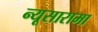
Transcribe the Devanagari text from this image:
न्यूसारामा